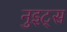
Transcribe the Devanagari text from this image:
नुइट्स